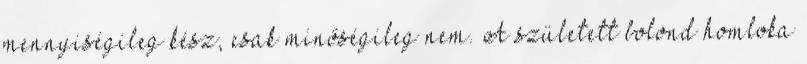
mennyiségileg kész, csak minőségileg nem. A született bolond homloka